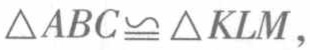
$\triangle ABC\cong \triangle KLM,$